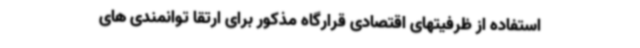
استفاده از ظرفیتهای اقتصادی قرارگاه مذکور برای ارتقا توانمندی های